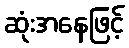
ဆုံးအနေဖြင့်